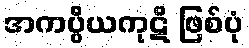
အကပ္ပိယကုဋိ ဖြစ်ပုံ